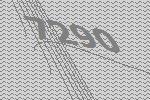
7290